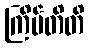
ကြိမ်တိတိ